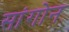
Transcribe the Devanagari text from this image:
सांगोन